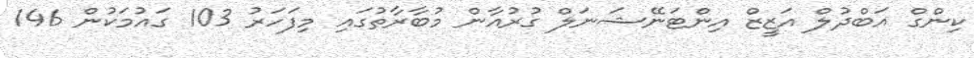
ކިންގް އަބްދުލް އަޒީޒް އިންޓަނޭޝަނަލް ގުރުއާން މުބާރާތުގައި މިފަހަރު 103 ގައުމަކުން 146